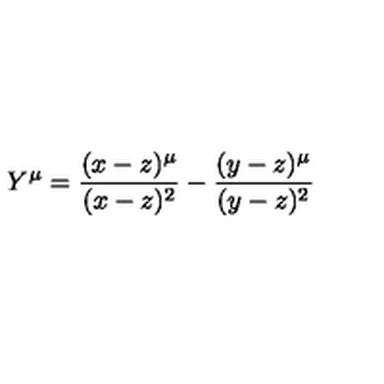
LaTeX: Y ^ { \mu } = \frac { ( x - z ) ^ { \mu } } { ( x - z ) ^ { 2 } } - \frac { ( y - z ) ^ { \mu } } { ( y - z ) ^ { 2 } }